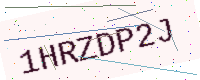
Text: 1HRZDP2J